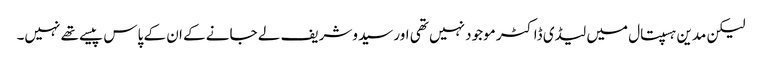
لیکن مدین ہسپتال میں لیڈی ڈاکٹر موجود نہیں تھی اور سیدوشریف لے جانے کے ان کے پاس پیسے تھے نہیں۔